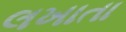
લખાતા